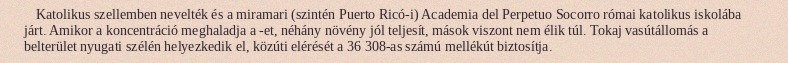
Katolikus szellemben nevelték és a miramari (szintén Puerto Ricó-i) Academia del Perpetuo Socorro római katolikus iskolába járt. Amikor a koncentráció meghaladja a -et, néhány növény jól teljesít, mások viszont nem élik túl. Tokaj vasútállomás a belterület nyugati szélén helyezkedik el, közúti elérését a 36 308-as számú mellékút biztosítja.